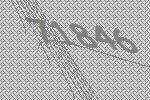
71846